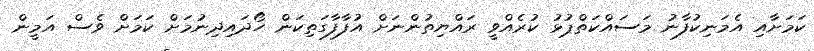
ކަމަށާއި އެމަނިކުފާނު މަސައްކަތްޕުޅު ކުރެއްވީ ރައްޔިތުންނަށް އުފާފާގަތިކަން ހޯދައިދިނުމަށް ކަމަށް ވެސް އަމީން